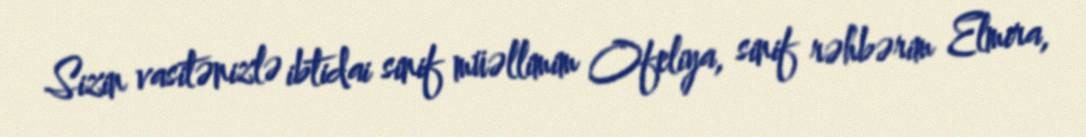
Sizin vasitənizlə ibtidai sinif müəllimim Ofeliya, sinif rəhbərim Elmira,